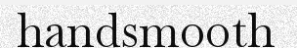
handsmooth